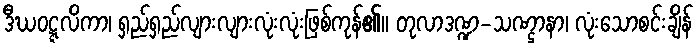
ဒီဃဝဋ္ဋလိကာ၊ ရှည်ရှည်လျားလျားလုံးလုံးဖြစ်ကုန်၏။ တုလာဒဏ္ဍ-သဏ္ဌာနာ၊ လုံးသောစင်းချိန်